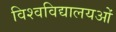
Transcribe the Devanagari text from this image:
विश्वविद्यालयओं